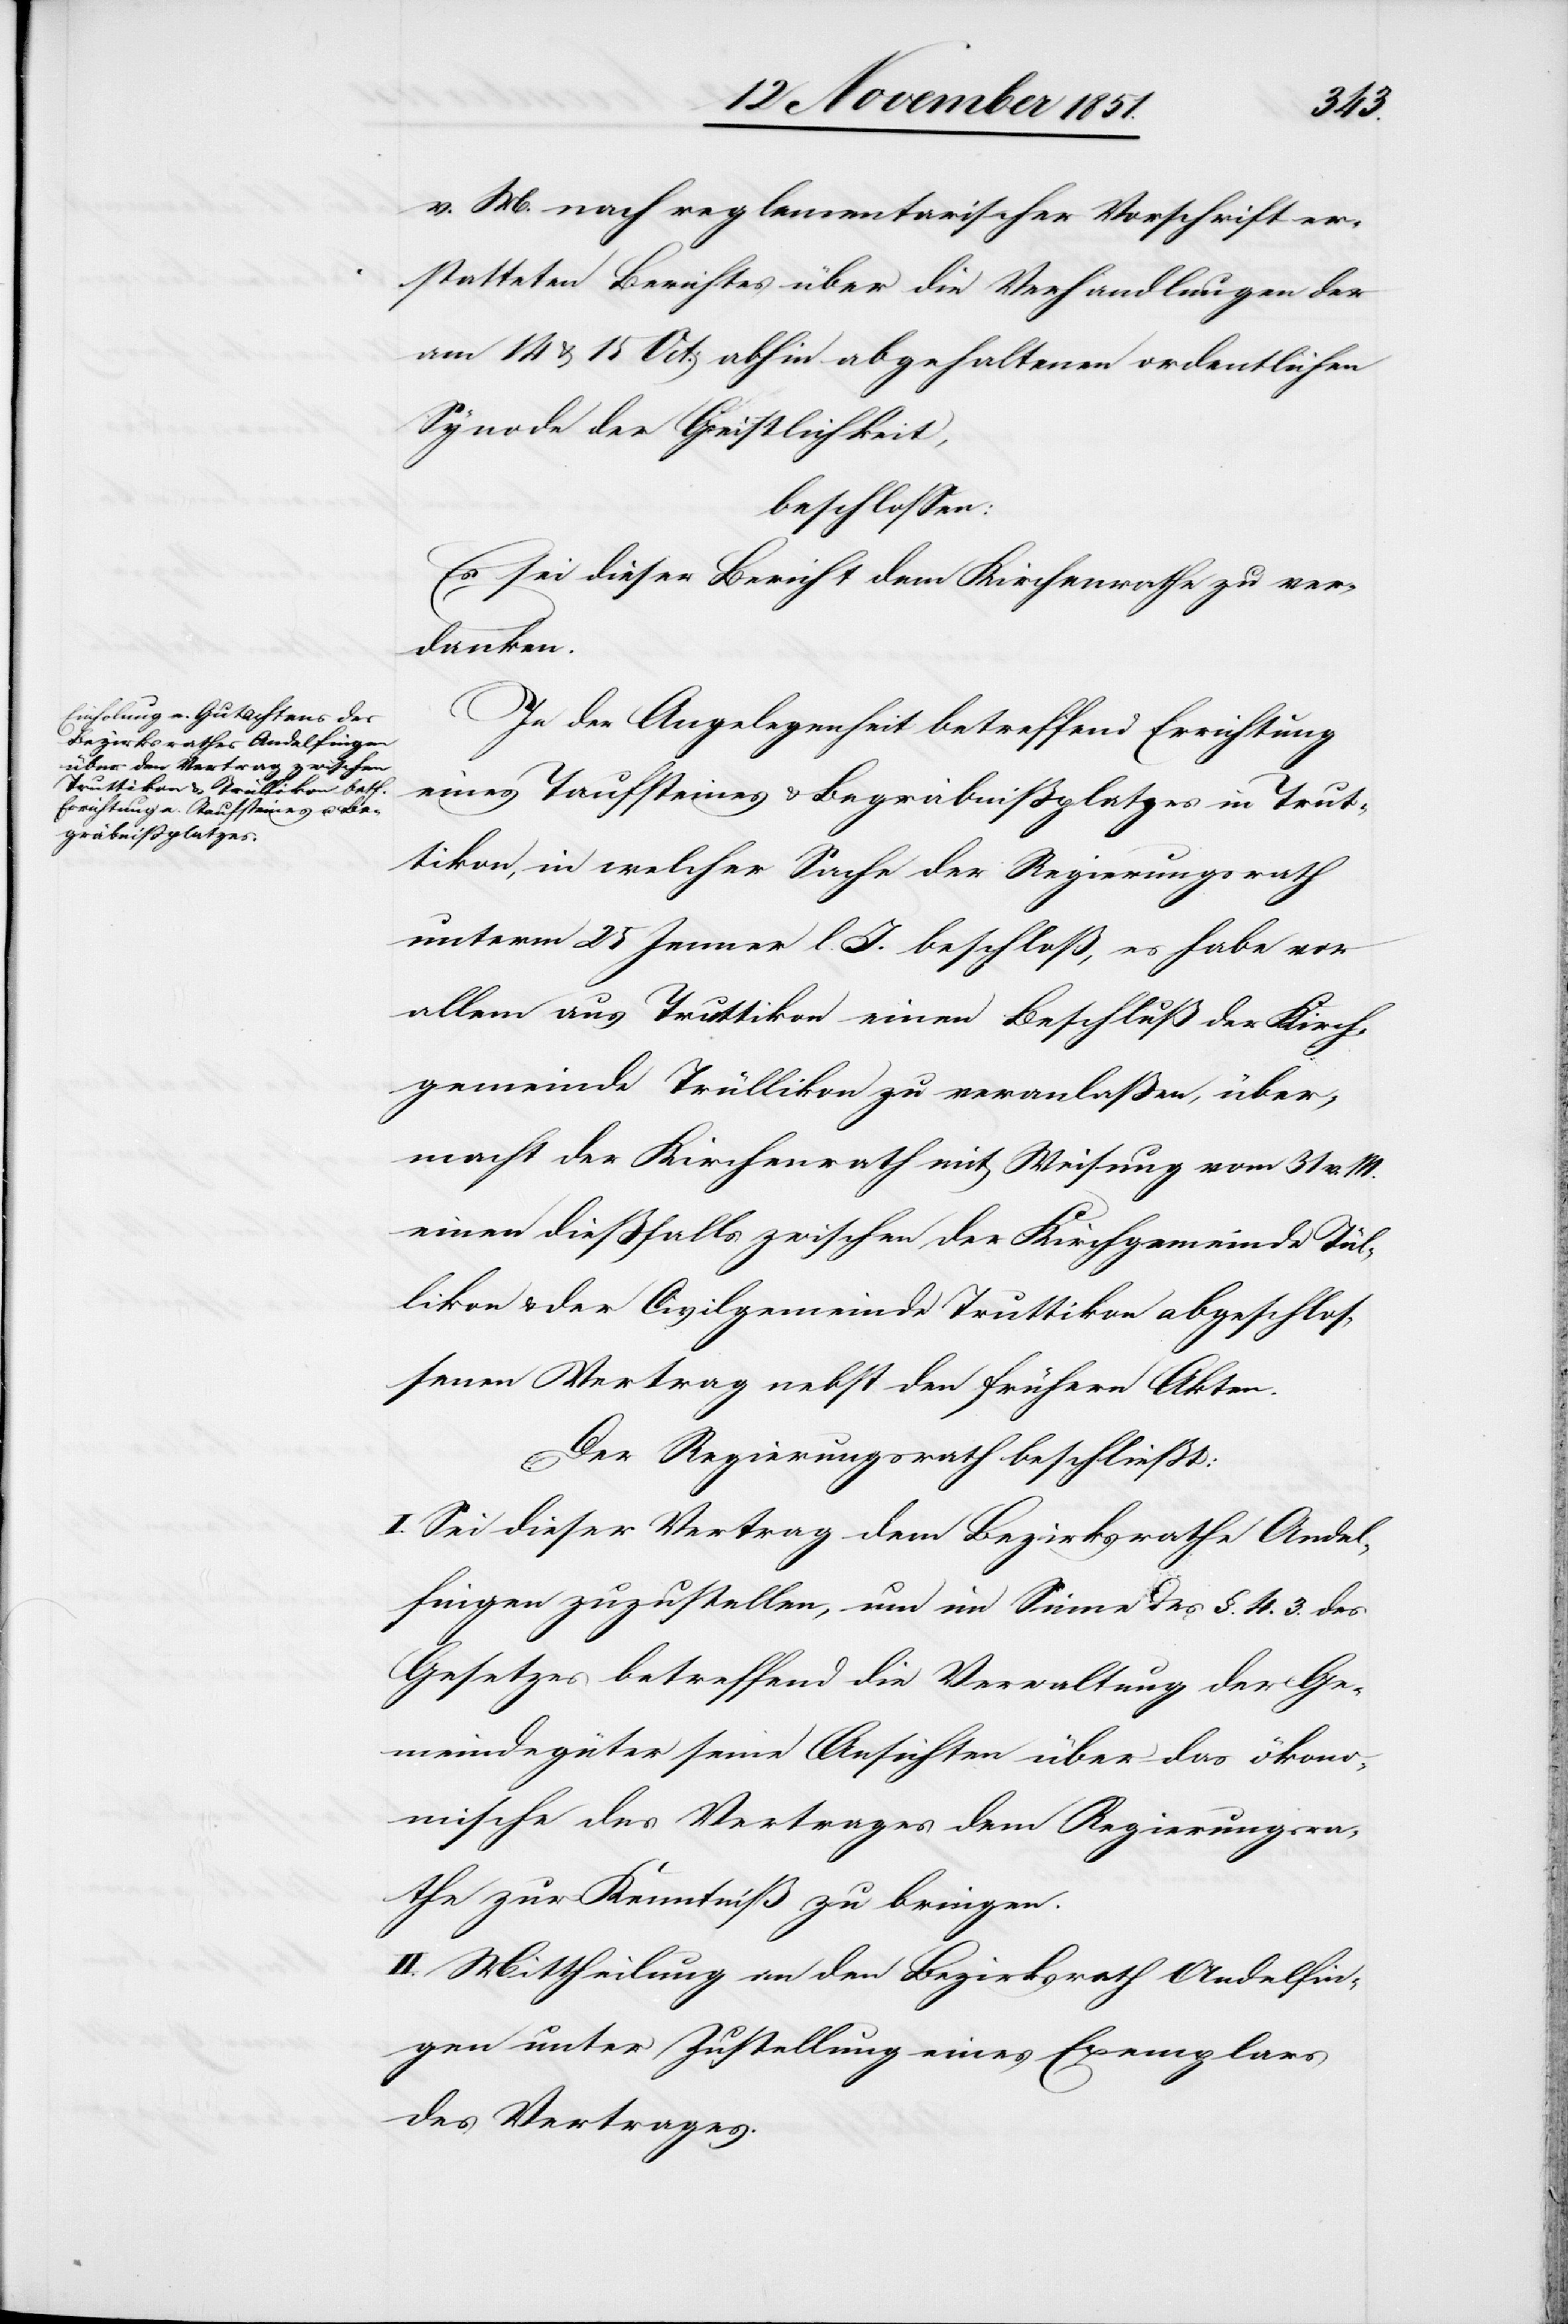
v. M. nach reglementarischer Vorschrift er¬
statteten Berichtes über die Verhandlungen der
am 14 & 15 Oct: abhin abgehaltenen ordentlichen
Synode der Geistlichkeit,
beschlossen:
Es sei dieser Bericht dem Kirchenrathe zu ver¬
danken.
In der Angelegenheit betreffend Errichtung
eines Taufsteines & Begräbnißplatzes in Trut¬
tikon, in welcher Sache der Regierungsrath
unterm 25 Jenner l. J. beschloß, es habe vor
allem aus Truttikon einen Beschluß der Kirch¬
gemeinde Trüllikon zu veranlaßen, über¬
macht der Kirchenrath mit Weisung vom 31 v. M.
einen dießfalls zwischen der Kirchgemeinde T[r]ül¬
likon & der Civilgemeinde Truttikon abgeschlos¬
senen Vertrag nebst den frühern Akten.
Der Regierungsrath beschließt:
I. Sei dieser Vertrag dem Bezirksrathe Andel¬
fingen zuzustellen, um im Sinne des §. 4. 3. des
Gesetzes betreffend die Verwaltung der Ge¬
meindegüter seine Ansichten über das ökono¬
mische des Vertrages dem Regierungsra¬
the zur Kenntniß zu bringen.
II. Mittheilung an den Bezirksrath Andelfin¬
gen unter Zustellung eines Exemplars
des Vertrages.